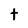
Character: t